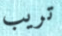
تريب